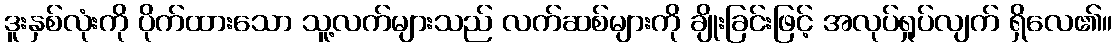
ဒူးနှစ်လုံးကို ပိုက်ထားသော သူ့လက်များသည် လက်ဆစ်များကို ချိုးခြင်းဖြင့် အလုပ်ရှုပ်လျက် ရှိလေ၏။